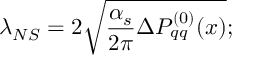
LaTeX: \lambda _ { N S } = 2 \sqrt { \frac { \alpha _ { s } } { 2 \pi } \Delta P _ { q q } ^ { ( 0 ) } ( x ) } ;